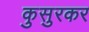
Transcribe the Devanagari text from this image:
कुसुरकर